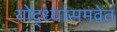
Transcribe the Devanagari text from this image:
योद्ध्यांसमवेत